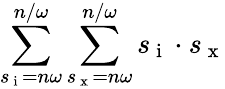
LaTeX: \sum_{s_{\mathrm{~i~}}=n\omega}^{n/\omega}\sum_{s_{\mathrm{~x~}}=n\omega}^{n/\omega}s_{\mathrm{~i~}}\cdot s_{\mathrm{~x~}}